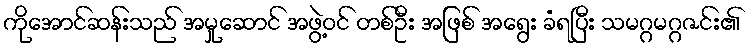
ကိုအောင်ဆန်းသည် အမှုဆောင် အဖွဲ့ဝင် တစ်ဦး အဖြစ် အရွေး ခံရပြီး သမဂ္ဂမဂ္ဂဇင်း၏